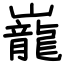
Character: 巃